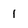
Character: 1